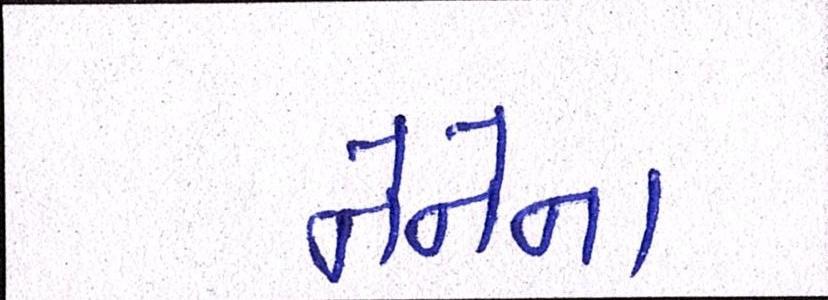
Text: નેનેના